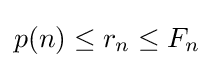
p(n)\leq r_{n}\leq F_{n}